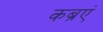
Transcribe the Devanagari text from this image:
कब्रएं